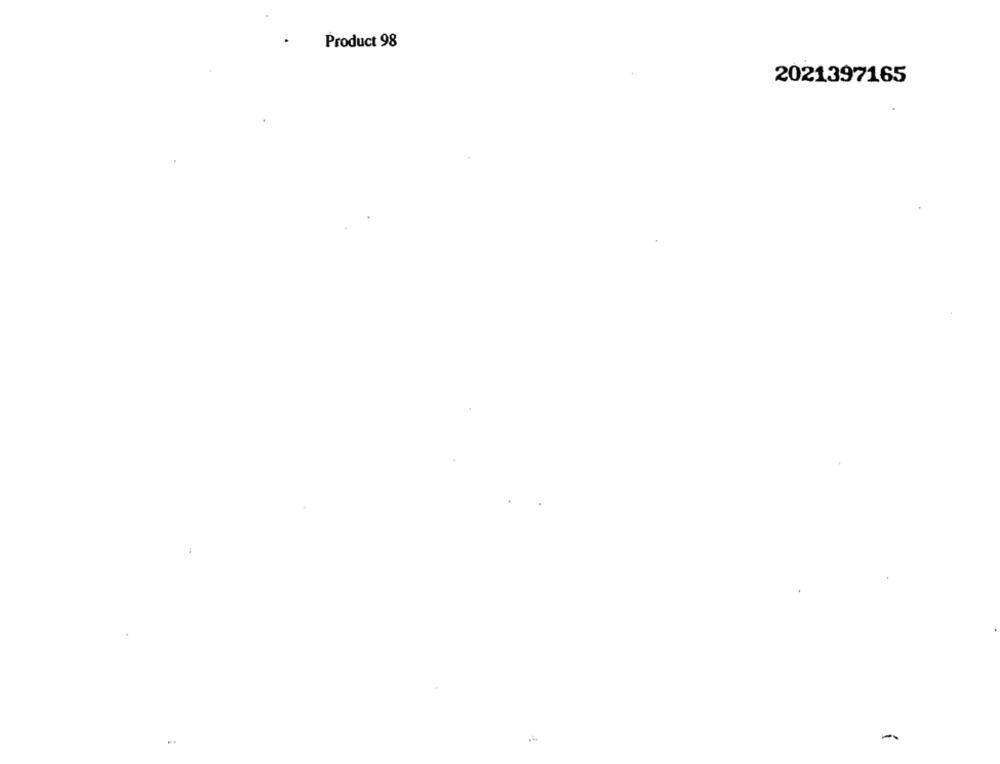
Product 98
2021397165
-